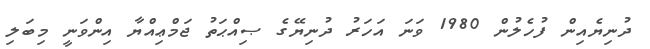
ދުނިޔެއިން ފުހެލުން 1980 ވަނަ އަހަރު ދުނިޔޭގެ ޞިއްޙަތު ޖަމްޢިއްޔާ އިންވަނީ މިބަލި